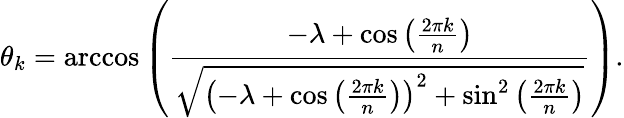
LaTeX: \theta_{k}=\operatorname{arccos}{\left(\frac{-\lambda+\cos{\left(\frac{2\pi k}{n}\right)}}{\sqrt{\left(-\lambda+\cos{\left(\frac{2\pi k}{n}\right)}\right)^{2}+\sin^{2}{\left(\frac{2\pi k}{n}\right)}}}\right)}.